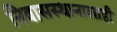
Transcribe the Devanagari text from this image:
निवासस्थानालाही